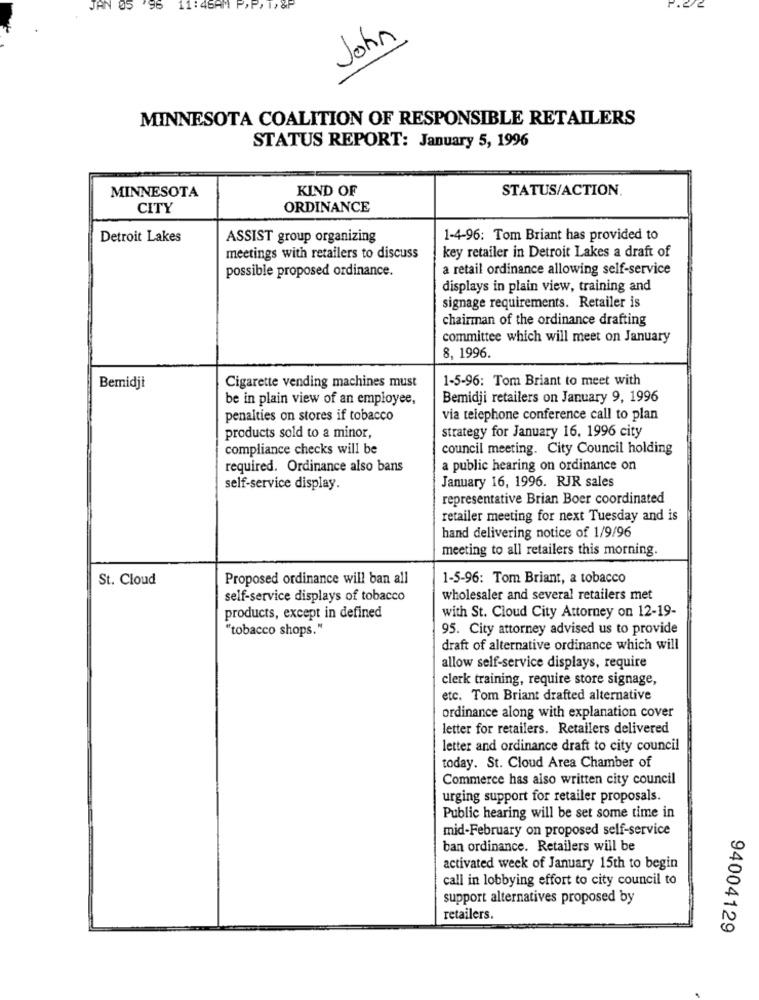
JAN
05
196
11:46AM P>P. 1, &P
John
MINNESOTA COALITION OF RESPONSIBLE RETAILERS
STATUS REPORT: January 5, 1996
KIND OF
STATUS/ACTION.
MINNESOTA
CITY
ORDINANCE
Detroit Lakes
ASSIST group organizing
1-4-96: Tom Briant has provided to
key retailer in Detroit Lakes a draft of
meetings with retailers to discuss
possible proposed ordinance.
a retail ordinance allowing self-service
displays in plain view, training and
signage requirements. Retailer is
chairman of the ordinance drafting
committee which will meet on January
8, 1996.
1-5-96: Tom Briant to meet with
Bemidji
Cigarette vending machines must
be in plain view of an employee,
Bemidji retailers on January 9, 1996
penalties on stores if tobacco
via telephone conference call to plan
strategy for January 16, 1996 city
products sold to a minor,
compliance checks will be
council meeting. City Council holding
required. Ordinance also bans
a public hearing on ordinance on
January 16, 1996. RJR sales
self-service display.
representative Brian Boer coordinated
retailer meeting for next Tuesday and is
hand delivering notice of 1/9/96
meeting to all retailers this morning.
St. Cloud
Proposed ordinance will ban all
1-5-96: Tom Briant, a tobacco
self-service displays of tobacco
wholesaler and several retailers met
products, except in defined
with St. Cloud City Attorney on 12-19-
"tobacco shops."
95. City attorney advised us to provide
draft of alternative ordinance which will
allow self-service displays, require
clerk training, require store signage,
etc. Tom Briant drafted alternative
ordinance along with explanation cover
letter for retailers. Retailers delivered
letter and ordinance draft to city council
today. St. Cloud Area Chamber of
Commerce has also written city council
urging support for retailer proposals.
Public hearing will be set some time in
mid-February on proposed self-service
ban ordinance. Retailers will be
activated week of January 15th to begin
call in lobbying effort to city council to
support alternatives proposed by
retailers.
94004129